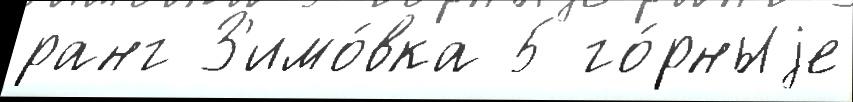
ранг З'имо́вка 5 го́рныjе